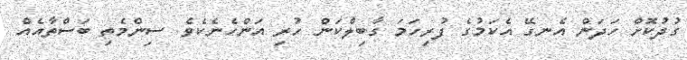
ގުދުކޮށް ހަދަން އެނގޭ އެކަމުގެ ފުރިހަމަ ގާބިލްކަން ހުރި އަންހެނެކެވެ. ސިންމެތި ބަސްތާއެއް